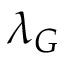
\lambda _ { G }